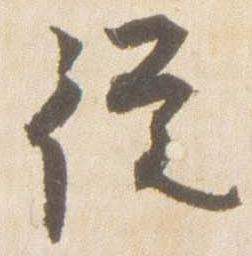
従